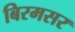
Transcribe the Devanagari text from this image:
बिरमसर